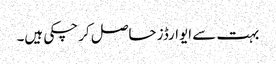
بہت سے ایوارڈز حاصل کر چکی ہیں۔